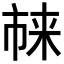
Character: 𪲬